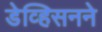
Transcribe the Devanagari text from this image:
डेव्हिसनने